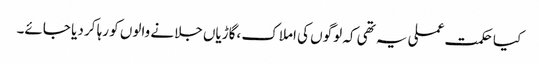
کیا حکمت عملی یہ تھی کہ لوگوں کی املاک ،گاڑیاں جلانے والوں کو رہا کر دیا جائے۔